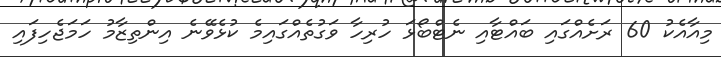
މިއާއެކު 60 ރަށެއްގައި ބައްޓާއި ނެޓްބޯޅަ ހުރިހާ ވަގުތެއްގައިމެ ކުޅެވޭނެ އިންތިޒާމު ހަމަޖެހިފައި